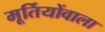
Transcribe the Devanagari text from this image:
मूर्तियोंवाला